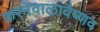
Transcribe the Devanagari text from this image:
करनेवालावैष्णव